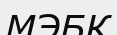
МЭБК